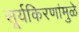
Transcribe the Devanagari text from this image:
सूर्यकिरणांमुळे